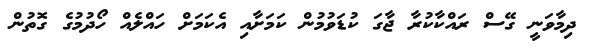
ދިމާވަނީ ގޭސް ރައްކާކުރާ ޖާގަ ކުޑަވުމުން ކަމަށާއި އެކަމަށް ހައްލެއް ހޯދުމުގެ ގޮތުން